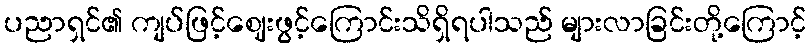
ပညာရှင်၏ ကျပ်ဖြင့်ဈေးဖွင့်ကြောင်းသိရှိရပါသည် များလာခြင်းတို့ကြောင့်